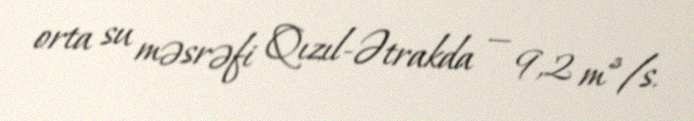
orta su məsrəfi Qızıl-Ətrakda — 9,2 m³/s.